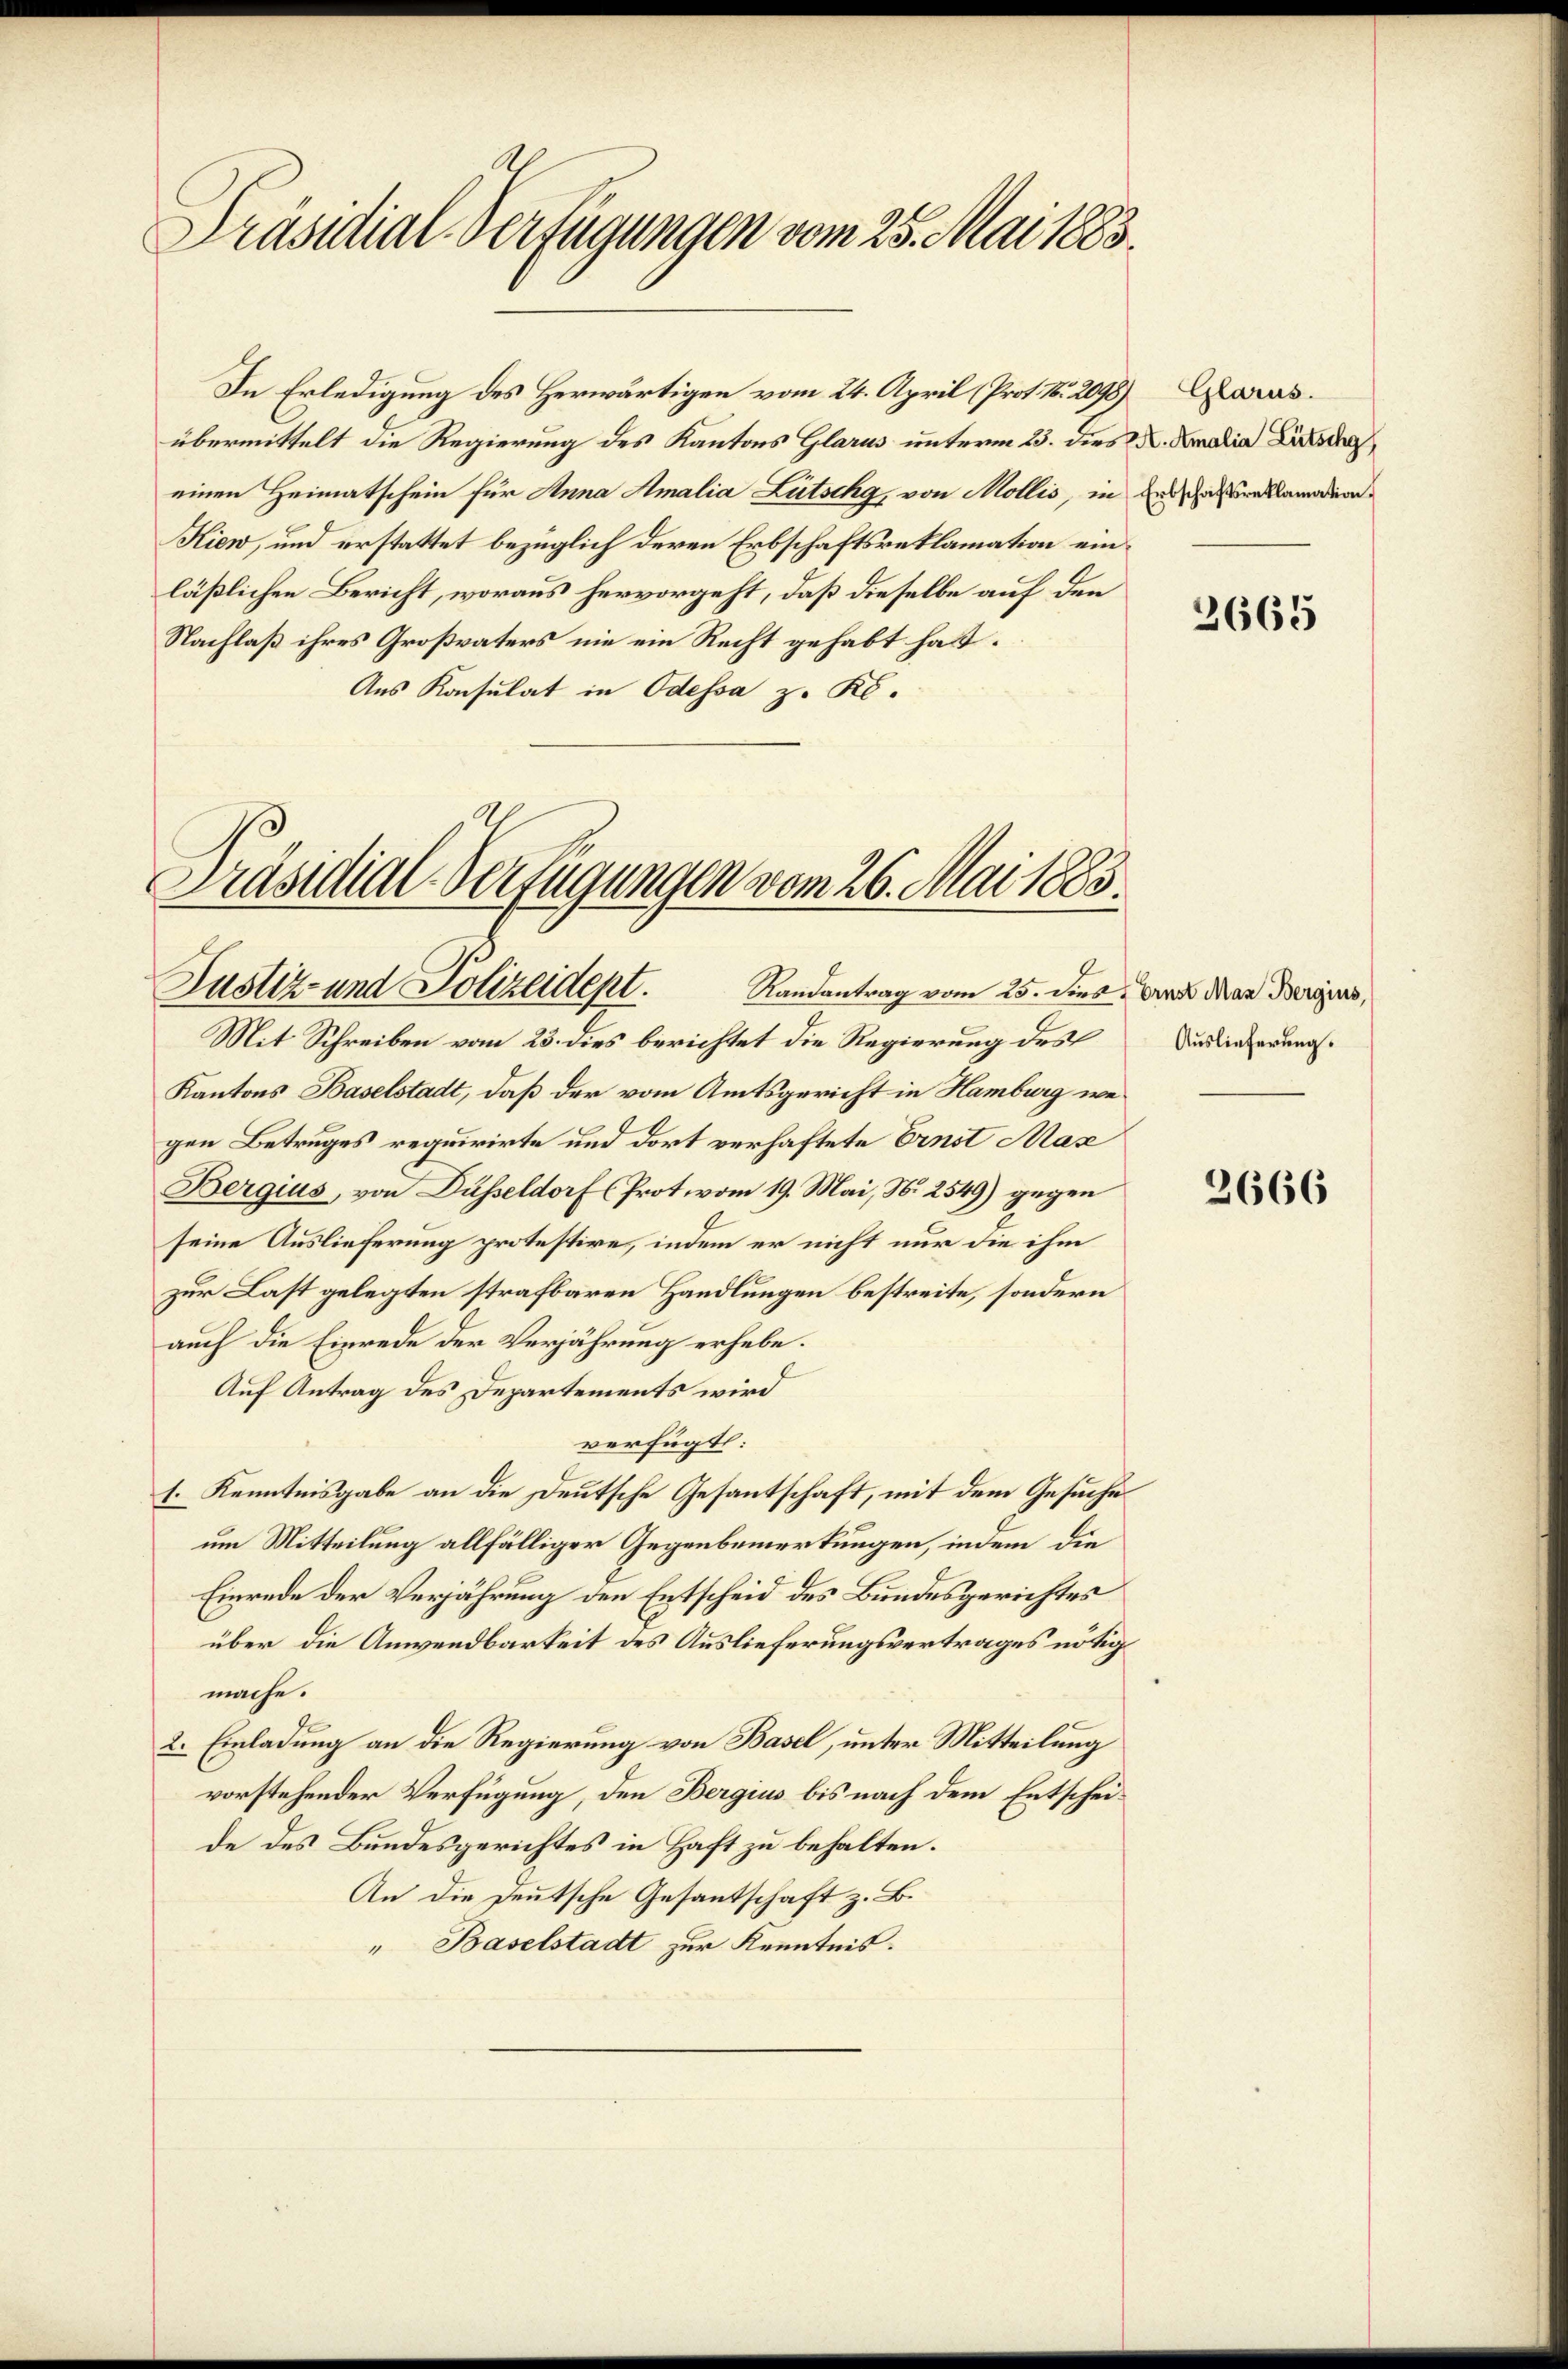
Präsidial-Verfügungen vom 25. Mai 1883.

übermittelt die Regierung des Kantons Glarus unterm 23. dies 2. Amalia Lis
einen Heimatschein für Anna Amalia Lütschg, von Mollis, in Entschadenlandern
Kiew, und erstattet bezüglich deren Erbschaftsreklamation einläßlichen Bericht, woraus hervorgeht, daß dieselbe auf den
Nachlaß ihres Großvaters nie ein Recht gehabt hatt.
Aus Konsulat in Odessa z. K.

In Erledigung des Herwärtigen vom 24. April (Prof. No. 2098). Darus.

Präsidial-Verfügungen vom 26. Mai 1883.
Justiz- und Polizeident. Randantrag vom 25. dies. Und den derging,

Mit Schreiben vom 23. dies berichtet die Regierung des
Kantons Baselstadt, daß der vom Amtsgericht in Hamburg wegen Betruges requirirte und dort verhaftete Ernst Max
Bergius, von Düsseldorf (Prot vom 19. Mai, N. 2549) gegen
seine Auslieferung protestire, indem er nicht nur die ihm
zur Last gelegten strafbaren Handlungen bestreite, sondern
auch die Einrede der Verjährung erhebe.
Auf Antrag des Departements wird
verfügt:
1. Kenntnisgabe an die Deutsche Gesantschaft, mit dem Gesuche
um Mitteilung allfälliger Gegenbemerkungen, indem die
Einrede der Verjährung den Entscheid des Bundesgerichtes
über die Anwendbarkeit des Auslieferungsvertrages nötig
mache.
2. Einladung an die Regierung von Basel, unter Mitteilung
vorstehender Verfügung, den Bergius bis nach dem Entscheide des Bundesgerichtes in Haft zu behalten.
An die Deutsche Gesantschaft z. B.
" Baselstadt zur Kenntnis.

2665

Auslieferung.

2666